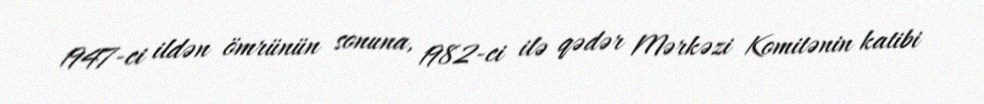
1947-ci ildən ömrünün sonuna, 1982-ci ilə qədər Mərkəzi Komitənin katibi